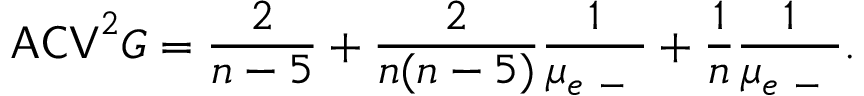
\mathsf { A C V } ^ { 2 } G = \frac { 2 } { n - 5 } + \frac { 2 } { n ( n - 5 ) } \frac { 1 } { \mu _ { e \mathrm { ~ - ~ } } } + \frac { 1 } { n } \frac { 1 } { \mu _ { e \mathrm { ~ - ~ } } } .